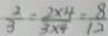
\frac { 2 } { 3 } = \frac { 2 \times 4 } { 3 \times 4 } = \frac { 8 } { 1 2 }